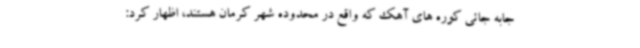
جابه جائی کوره های آهک که واقع در محدوده شهر کرمان هستند، اظهار کرد: